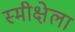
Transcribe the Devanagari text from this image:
स्मीक्षेला